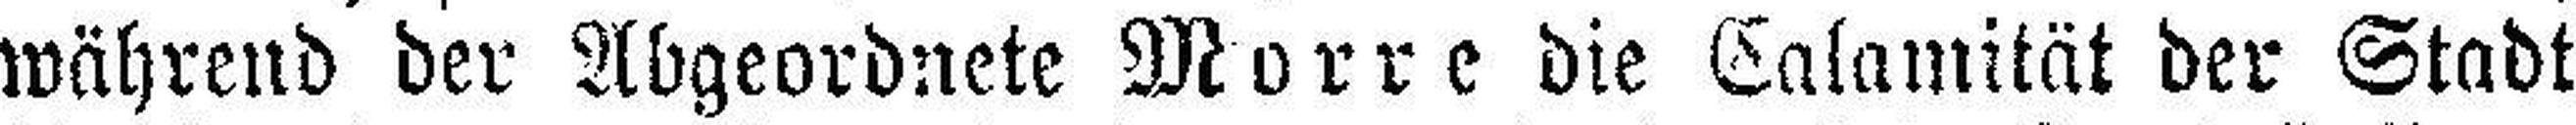
während der Abgeordnete Morre die Calamität der Stadt